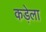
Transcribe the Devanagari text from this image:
कड़ेला